Report of the Indian Hemp Drugs Commission, 1894-1895 - Volume III
Year: 1894
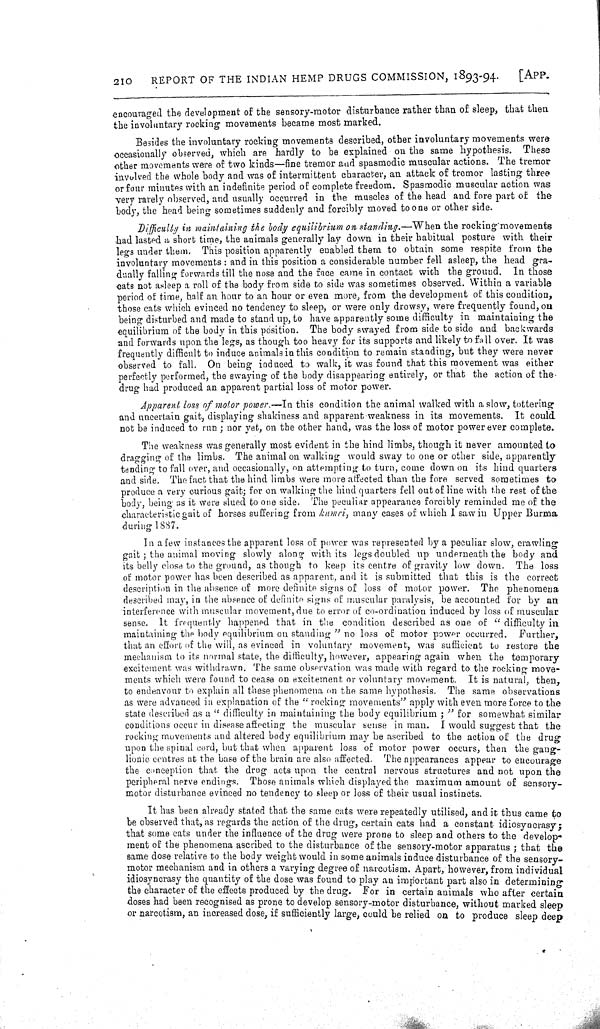
210
REPORT OF THE INDIAN HEMP DRUGS COMMISSION, 1893-94.
[APP.
encouraged the development of the sensory-motor disturbance rather than of sleep, that then
the involuntary rocking movements became most marked.
Besides the involuntary rocking movements described, other involuntary movements were
occasionally observed, which are hardly to be explained on the same hypothesis. These
other movements were of two kinds-fine tremor and spasmodic muscular actions. The tremor
involved the whole body and was of intermittent character, an attack of tremor lasting three
or four minutes with an indefinite period of complete freedom. Spasmodic muscular action was
very rarely observed, and usually occurred in the muscles of the head and fore part of the
body, the head being sometimes suddenly and forcibly moved to one or other side.
Difficulty in maintaining the body equilibrium on standing.—When
the rocking movements
had lasted a short time, the animals generally lay down in their habitual posture with their
legs under them. This position apparently enabled them to obtain some respite from the
involuntary movements: and in this position a considerable number fell asleep, the head gra-
dually falling forwards till the nose and the face came in contact with the ground. In those
cats not asleep a roll of the body from side to side was sometimes observed. Within a variable
period of time, half an hour to an hour or even more, from the development of this condition,
those cats which evinced no tendency to sleep, or were only drowsy, were frequently found, on
being disturbed and made to stand up, to have apparently some difficulty in maintaining the
equilibrium of the body in this position. The body swayed from side to side and backwards
and forwards upon the legs, as though too heavy for its supports and likely to fall over. It was
frequently difficult to induce animals in this condition to remain standing, but they were never
observed to fall. On being induced to walk, it was found that this movement was either
perfectly performed, the swaying of the body disappearing entirely, or that the action of the
drug had produced an apparent partial loss of motor power.
Apparent loss of motor power.—In this condition the animal walked with a slow, tottering
and uncertain gait, displaying shakiness and apparent weakness in its movements. It could
not be induced to run; nor yet, on the other hand, was the loss of motor power ever complete.
The weakness was generally most evident in the hind limbs, though it never amounted to
dragging of the limbs. The animal on walking would sway to one or other side, apparently
tending to fall over, and occasionally, on attempting to turn, come down on its hind quarters
and side. The fact that the hind limbs were more affected than the fore served sometimes to
produce a very curious gait; for on walking the hind quarters fell out of line with the rest of the
body, being as it were slued to one side. The peculiar appearance forcibly reminded me of the
characteristic gait of horses suffering from kumri, many cases of which I saw in Upper Burma
during 1887.
In a few instances the apparent loss of power was represented by a peculiar slow, crawling
gait; the animal moving slowly along with its legs doubled up underneath the body and
its belly close to the ground, as though to keep its centre of gravity low down. The loss
of motor power has been described as apparent, and it is submitted that this is the correct
description in the absence of more definite signs of loss of motor power. The phenomena
described may, in the absence of definite signs of muscular paralysis, be accounted for by an
interference with muscular movement, due to error of co-ordination induced by loss of muscular
sense. It frequently happened that in the condition described as one of " difficulty in
maintaining the body equilibrium on standing" no loss of motor power occurred.
Further,
that an effort of the will, as evinced in voluntary movement, was sufficient to restore the
mechanism to its normal state, the difficulty, however, appearing again when the temporary
excitement was withdrawn. The same observation was made with regard to the rocking move-
ments which were found to cease on excitement or voluntary movement. It is natural, then,
to endeavour to explain all these phenomena on the same hypothesis. The same observations
as were advanced in explanation of the "rocking movements" apply with even more force to the
state described as a " difficulty in maintaining the body equilibrium; " for somewhat similar
conditions occur in disease affecting the muscular sense in man. I would suggest that the
rocking movements and altered body equilibrium may be ascribed to the action of the drug
upon the spinal cord, but that when apparent loss of motor power occurs, then the gang-
lionic centres at the base of the brain are also affected. The appearances appear to encourage
the conception that the drug acts upon the central nervous structures and not upon the
peripheral nerve endings. Those animals which displayed the maximum amount of sensory-
motor disturbance evinced no tendency to sleep or loss of their usual instincts.
It has been already stated that the same cats were repeatedly utilised, and it thus came to
be observed that, as regards the action of the drug, certain cats had a constant idiosyncrasy;
that some cats under the influence of the drug were prone to sleep and others to the develop-
ment of the phenomena ascribed to the disturbance of the sensory-motor apparatus; that the
same dose relative to the body weight would in some animals induce disturbance of the sensory-
motor mechanism and in others a varying degree of narcotism. Apart, however, from individual
idiosyncrasy the quantity of the dose was found to play an important part also in determining
the character of the effects produced by the drug. For in certain animals who after certain
doses had been recognised as prone to develop sensory-motor disturbance, without marked sleep
or narcotism, an increased dose, if sufficiently large, could be relied on to produce sleep deep